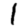
Digit: 1